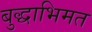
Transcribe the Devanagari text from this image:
बुद्धाभिमत